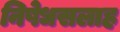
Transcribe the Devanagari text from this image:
निषेधसलाह